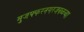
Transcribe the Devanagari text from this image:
मुजफ्फरनगरजवळच्या